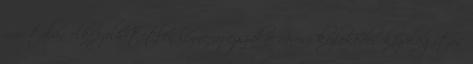
már talán elképzelhetetlen lenne az éjszakai városi közlekedés közvilágítás